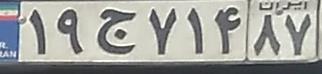
۱۹ج۷۱۴۸۷